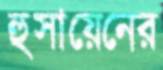
হুসায়েনের